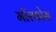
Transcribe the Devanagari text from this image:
मॉरफोस